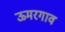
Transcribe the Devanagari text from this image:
ऊमरगाव